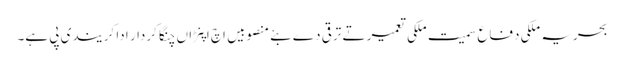
بحریہ ملکی دفاع سمیت ملکی تعمیر تے ترقی دے بئے منصوبیں اچ اپنڑاں چنگا کردار ادا کر یندی پی ہے۔